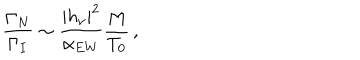
\frac { \Gamma _ { N } } { \Gamma _ { I } } \sim \frac { | h _ { \nu } | ^ { 2 } } { \alpha _ { E W } } \frac { M } { T _ { 0 } } \, ,